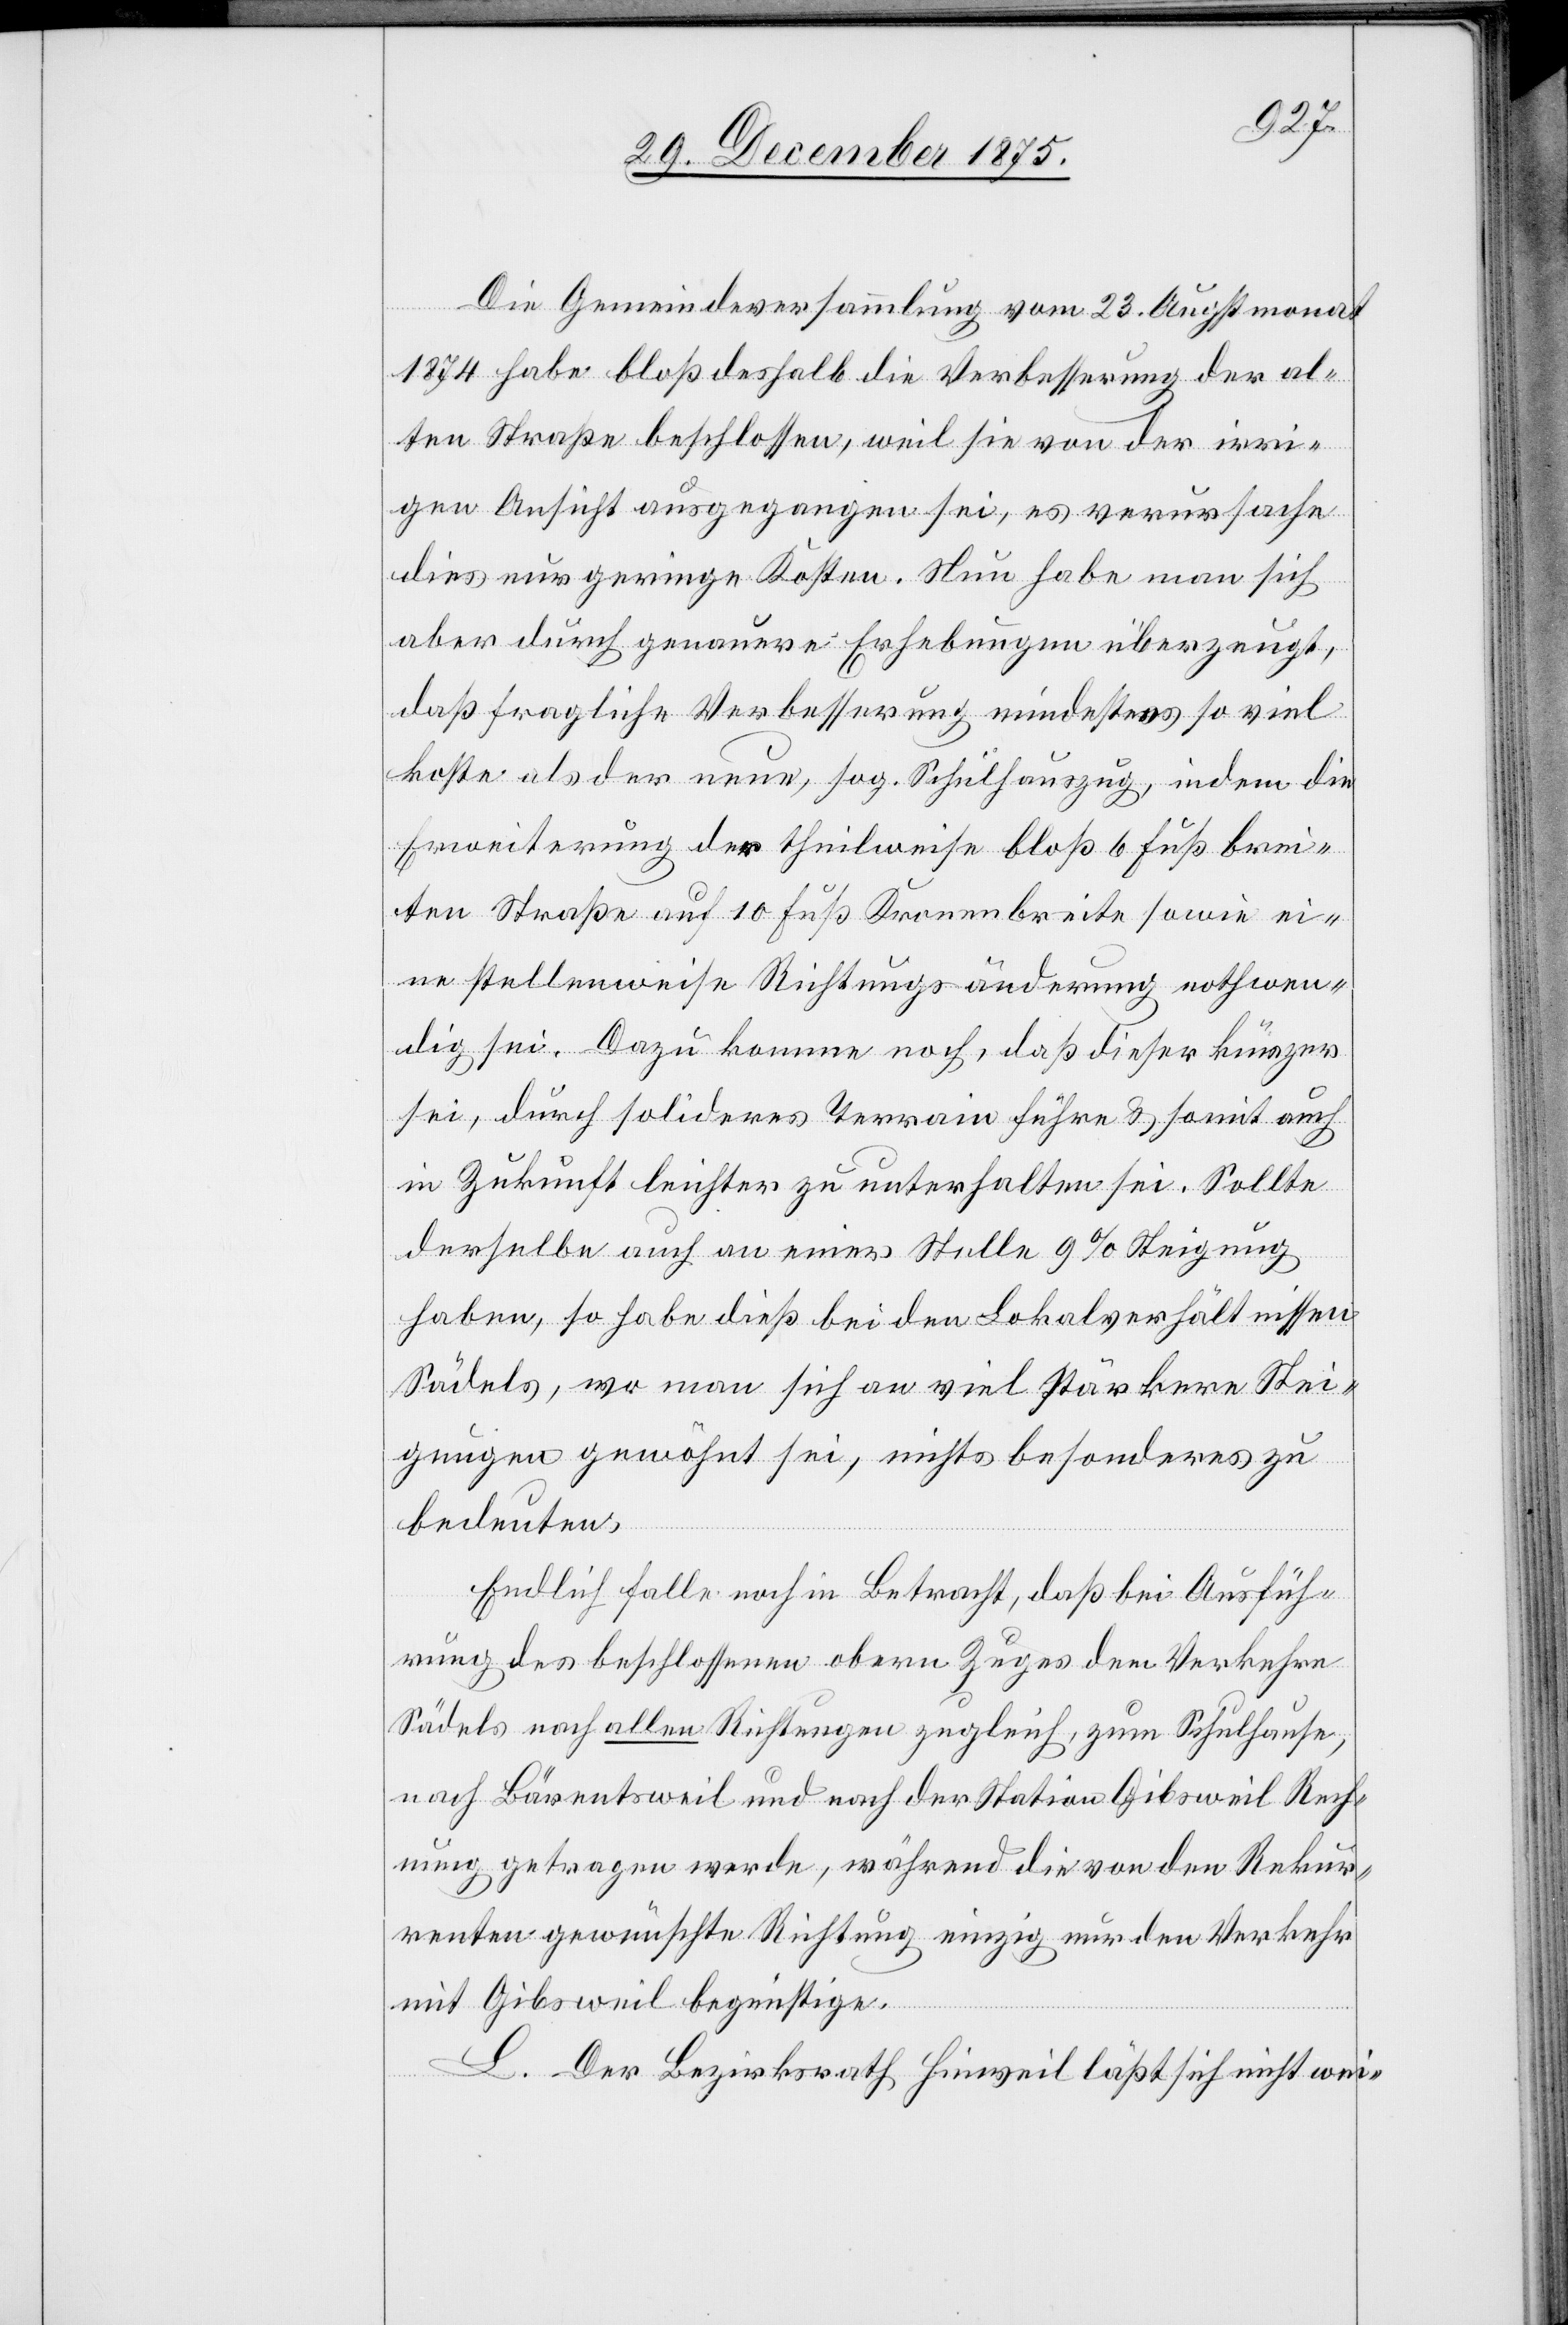
Die Gemeindeversammlung vom 23. Augstmonat
1874 habe bloß deshalb die Verbesserung der al¬
ten Straße beschlossen, weil sie von der irri¬
gen Ansicht ausgegangen sei, es verursache
dies nur geringe Kosten. Neu habe man sich
aber durch genauere Erhebungen überzeugt,
daß fragliche Verbesserung mindestens so viel
koste als der neue, sog. Schulhauszug, indem die
Erweiterung der theilweise bloß 6 Fuß brei¬
ten Straße auf 10 Fuß Kronenbreite sowie ei¬
ne stellenweise Richtungsänderung nothwen¬
dig sei. Dazu komme noch, daß dieser kürzer
sei, durch solideres Terrain führe & somit auch
in Zukunft leichter zu unterhalten sei. Sollte
derselbe auch an einer Stelle 9% Steigung
haben, so habe dieß bei den Lokalverhältnissen
Sädels, wo man sich an viel stärkere Stei¬
gungen gewöhnt sei, nichts besonderes zu
bedeuten.
Endlich falle noch in Betracht, daß bei Ausfüh¬
rung des beschlossenen obern Zuges dem Verkehre
Sädels nach allen Richtungen zugleich, zum Schulhause,
nach Bärentsweil und nach der Station Gibsweil Rech¬
nung getragen werde, während die von den Rekur¬
renten gewünschte Richtung einzig nur den Verkehr
mit Gibsweil begünstige.
L. Der Bezirksrath Hinweil läßt sich nicht wei-